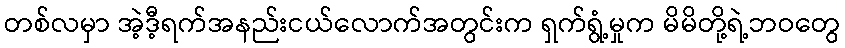
တစ်လမှာ အဲ့ဒီ့ရက်အနည်းငယ်လောက်အတွင်းက ရှက်ရွံ့မှုက မိမိတို့ရဲ့ဘဝတွေ